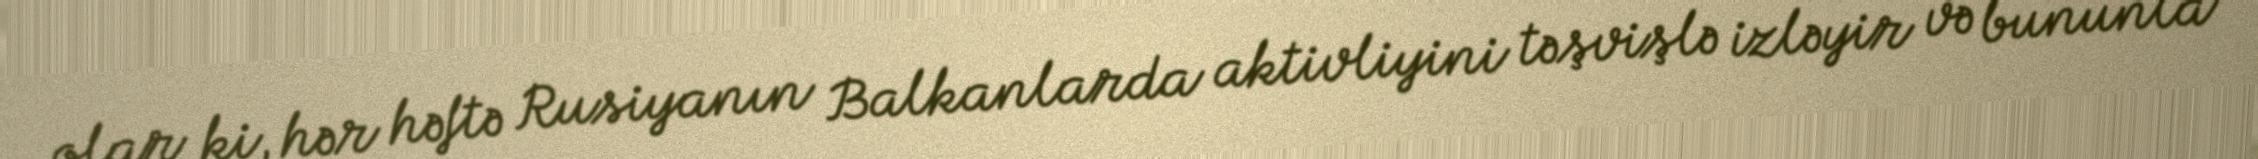
olar ki, hər həftə Rusiyanın Balkanlarda aktivliyini təşvişlə izləyir və bununla